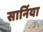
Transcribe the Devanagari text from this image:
सार्निया